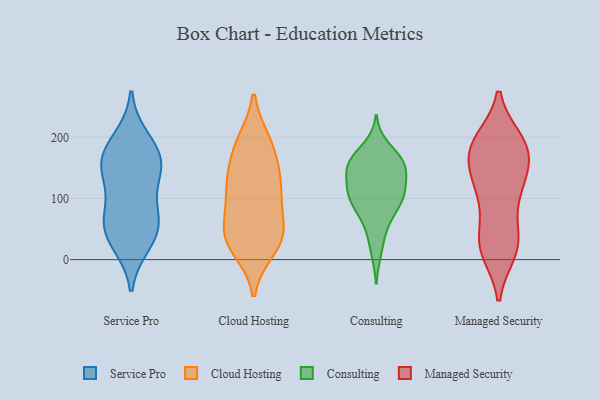
{"axis": {"x": "Conversion Rate (%)", "y": "Value"}, "legend": ["Cloud Hosting", "Consulting", "Managed Security", "Service Pro"], "data": [{"x": "", "y": 196, "type": "Service Pro"}, {"x": "", "y": 173, "type": "Service Pro"}, {"x": "", "y": 73, "type": "Service Pro"}, {"x": "", "y": 155, "type": "Service Pro"}, {"x": "", "y": 39, "type": "Service Pro"}, {"x": "", "y": 123, "type": "Service Pro"}, {"x": "", "y": 152, "type": "Service Pro"}, {"x": "", "y": 65, "type": "Service Pro"}, {"x": "", "y": 28, "type": "Service Pro"}, {"x": "", "y": 162, "type": "Service Pro"}, {"x": "", "y": 56, "type": "Service Pro"}, {"x": "", "y": 97, "type": "Cloud Hosting"}, {"x": "", "y": 48, "type": "Cloud Hosting"}, {"x": "", "y": 18, "type": "Cloud Hosting"}, {"x": "", "y": 189, "type": "Cloud Hosting"}, {"x": "", "y": 180, "type": "Cloud Hosting"}, {"x": "", "y": 109, "type": "Cloud Hosting"}, {"x": "", "y": 123, "type": "Cloud Hosting"}, {"x": "", "y": 26, "type": "Cloud Hosting"}, {"x": "", "y": 126, "type": "Cloud Hosting"}, {"x": "", "y": 41, "type": "Cloud Hosting"}, {"x": "", "y": 141, "type": "Cloud Hosting"}, {"x": "", "y": 38, "type": "Cloud Hosting"}, {"x": "", "y": 192, "type": "Cloud Hosting"}, {"x": "", "y": 54, "type": "Cloud Hosting"}, {"x": "", "y": 123, "type": "Consulting"}, {"x": "", "y": 41, "type": "Consulting"}, {"x": "", "y": 174, "type": "Consulting"}, {"x": "", "y": 101, "type": "Consulting"}, {"x": "", "y": 98, "type": "Consulting"}, {"x": "", "y": 107, "type": "Consulting"}, {"x": "", "y": 164, "type": "Consulting"}, {"x": "", "y": 144, "type": "Consulting"}, {"x": "", "y": 11, "type": "Consulting"}, {"x": "", "y": 99, "type": "Consulting"}, {"x": "", "y": 68, "type": "Consulting"}, {"x": "", "y": 158, "type": "Consulting"}, {"x": "", "y": 115, "type": "Consulting"}, {"x": "", "y": 67, "type": "Consulting"}, {"x": "", "y": 95, "type": "Consulting"}, {"x": "", "y": 134, "type": "Consulting"}, {"x": "", "y": 149, "type": "Consulting"}, {"x": "", "y": 156, "type": "Consulting"}, {"x": "", "y": 186, "type": "Consulting"}, {"x": "", "y": 153, "type": "Consulting"}, {"x": "", "y": 14, "type": "Managed Security"}, {"x": "", "y": 162, "type": "Managed Security"}, {"x": "", "y": 104, "type": "Managed Security"}, {"x": "", "y": 24, "type": "Managed Security"}, {"x": "", "y": 179, "type": "Managed Security"}, {"x": "", "y": 191, "type": "Managed Security"}, {"x": "", "y": 15, "type": "Managed Security"}, {"x": "", "y": 137, "type": "Managed Security"}, {"x": "", "y": 192, "type": "Managed Security"}, {"x": "", "y": 32, "type": "Managed Security"}, {"x": "", "y": 164, "type": "Managed Security"}, {"x": "", "y": 121, "type": "Managed Security"}, {"x": "", "y": 119, "type": "Managed Security"}, {"x": "", "y": 184, "type": "Managed Security"}, {"x": "", "y": 25, "type": "Managed Security"}, {"x": "", "y": 45, "type": "Managed Security"}, {"x": "", "y": 181, "type": "Managed Security"}, {"x": "", "y": 194, "type": "Managed Security"}, {"x": "", "y": 108, "type": "Managed Security"}]}